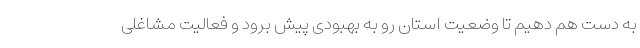
به دست هم دهیم تا وضعیت استان رو به بهبودی پیش برود و فعالیت مشاغلی